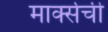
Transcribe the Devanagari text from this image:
मार्क्सची